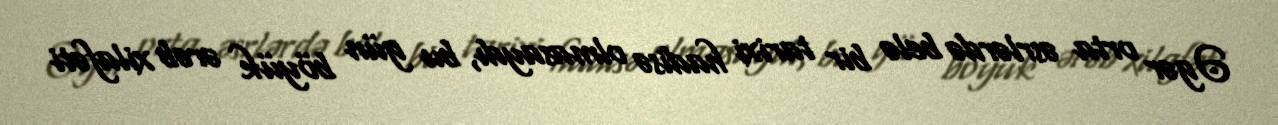
Əgər orta əsrlərdə belə bir tarixi hadisə olmasaydı, bu gün böyük ərəb xilafəti